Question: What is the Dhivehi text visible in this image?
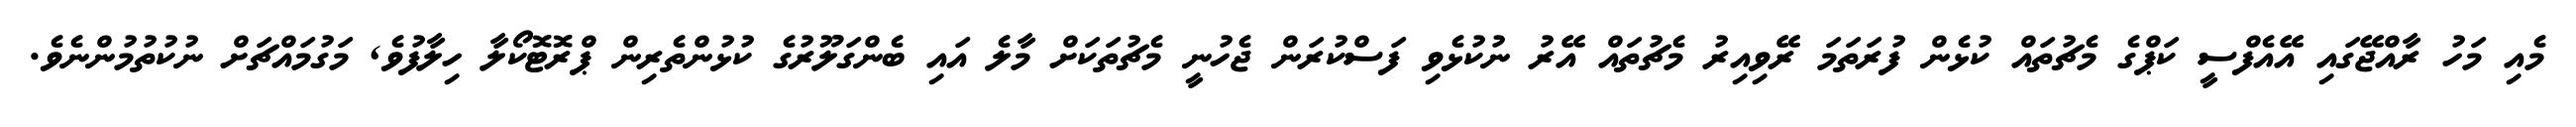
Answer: މެއި މަހު ރާއްޖޭގައި އޭއެފްސީ ކަޕްގެ މެޗުތައް ކުޅެން ފުރަތަމަ ރޭވިއިރު މެޗުތައް އޭރު ނުކުޅެވި ފަސްކުރަން ޖެހުނީ މެޗުތަކަށް މާލެ އައި ބެންގަލޫރުގެ ކުޅުންތެރިން ޕްރޮޓޮކޯލާ ހިލާފުވެ, މަގުމައްޗަށް ނުކުތުމުންނެވެ.